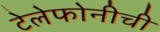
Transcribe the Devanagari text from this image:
टेलेफोनीची